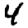
Digit: 4